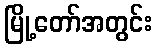
မြို့တော်အတွင်း